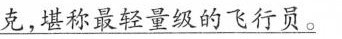
克，堪称最轻量级的飞行员。}